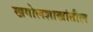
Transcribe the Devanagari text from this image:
खगोलशास्त्रांतील